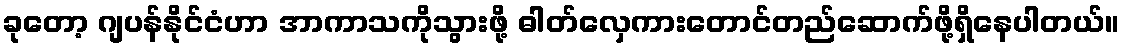
ခုတော့ ဂျပန်နိုင်ငံဟာ အာကာသကိုသွားဖို့ ဓါတ်လှေကားတောင်တည်ဆောက်ဖို့ရှိနေပါတယ်။